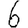
Digit: 6